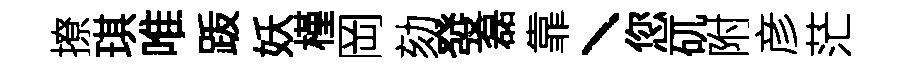
撩琪唯䟦妖槿岡劾發磊靠丶您矹附彦茫